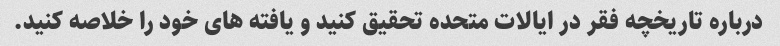
درباره تاریخچه فقر در ایالات متحده تحقیق کنید و یافته های خود را خلاصه کنید.